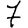
Digit: 7